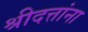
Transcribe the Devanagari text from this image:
श्रीदत्तांना